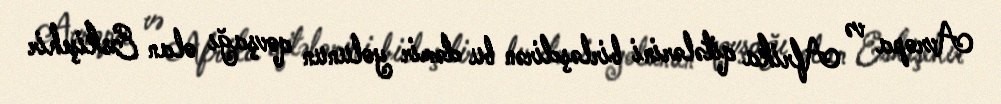
Avropa və Afrika qitələrini birləşdirən bu dəmir yolunun qovşağı olan Eskişehir